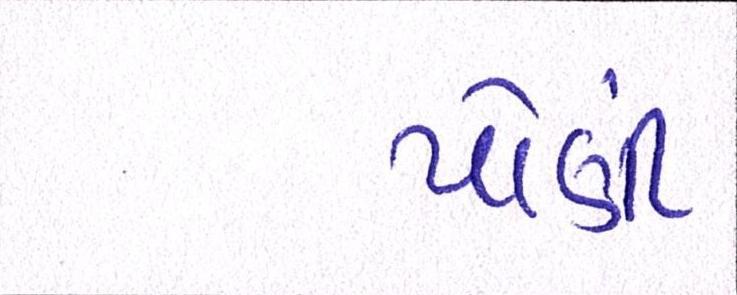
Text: પોંણી